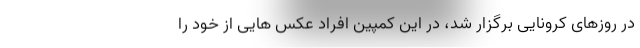
در روزهای کرونایی برگزار شد، در این کمپین افراد عکس هایی از خود را